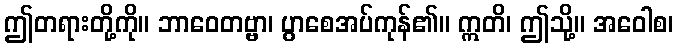
ဤတရားတို့ကို။ ဘာဝေတဗ္ဗာ၊ ပွာစေအပ်ကုန်၏။ ဣတိ၊ ဤသို့။ အဝေါစ၊